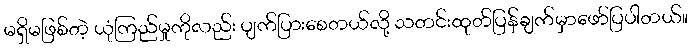
မရှိမဖြစ်တဲ့ ယုံကြည်မှုကိုလည်း ပျက်ပြားစေတယ်လို့ သတင်းထုတ်ပြန်ချက်မှာဖော်ပြပါတယ်။